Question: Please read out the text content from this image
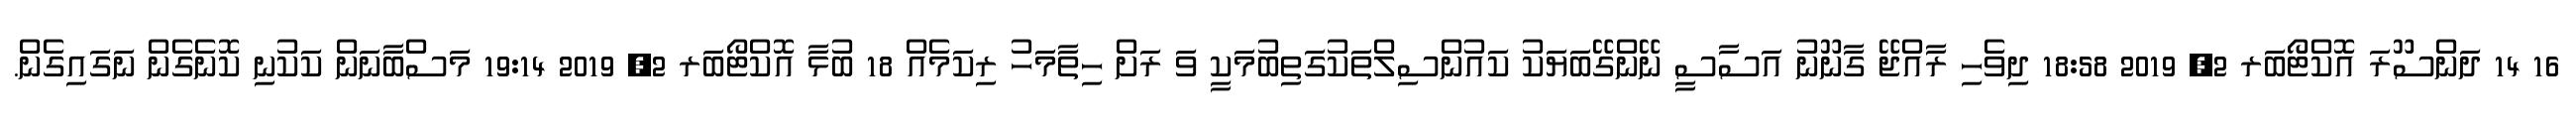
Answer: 16 14 ދަންސޫރަ އޮކްޓޯބަރ 2, 2019 18:58 ދިވެހި ރާއްޖޭ ގާނޫނު އަސާސީ ނޭންގޭބަޔަކު ކައުންސިލްތަކުގަތިބުމަކީ ވަ ރަށް ހިތާމަހު ރިކަމެއް 18 ބުޅާ އޮކްޓޯބަރ 2, 2019 19:14 މަސްބާނަން ކަކުނި ކޮނެގެން ނަގައިގެން.